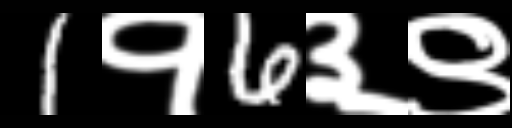
Text: 1१6३९